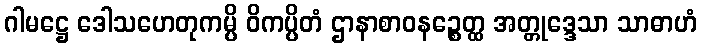
ဂါမဋ္ဌေ ဒေါသဟေတုကမ္ပိ ဝိကပ္ပိတံ ဌာနာစာဝနဉ္စေတ္ထ အတ္တုဒ္ဒေသာ သာဓာဟံ